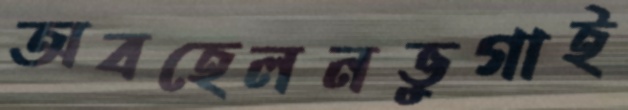
অবহেলনভুগাই